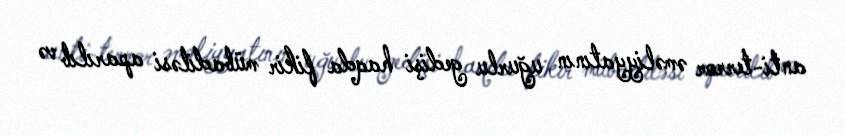
anti-terror əməliyyatının uğurlu gedişi haqda fikir mübadiləsi aparılıb və